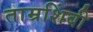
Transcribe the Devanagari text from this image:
ताम्रशिंबी